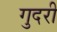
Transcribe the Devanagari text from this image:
गुदरी